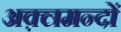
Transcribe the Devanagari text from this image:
अक़्लमन्दों